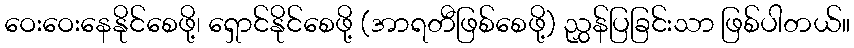
ဝေးဝေးနေနိုင်စေဖို့၊ ရှောင်နိုင်စေဖို့ (အာရတီဖြစ်စေဖို့) ညွှန်ပြခြင်းသာ ဖြစ်ပါတယ်။